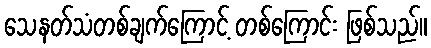
သေနတ်သံတစ်ချက်ကြောင့် တစ်ကြောင်း ဖြစ်သည်။